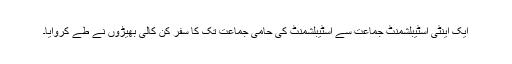
ایک اینٹی اسٹیبلشمنٹ جماعت سے اسٹیبلشمنٹ کی حامی جماعت تک کا سفر کن کالی بھیڑوں نے طے کروایا۔